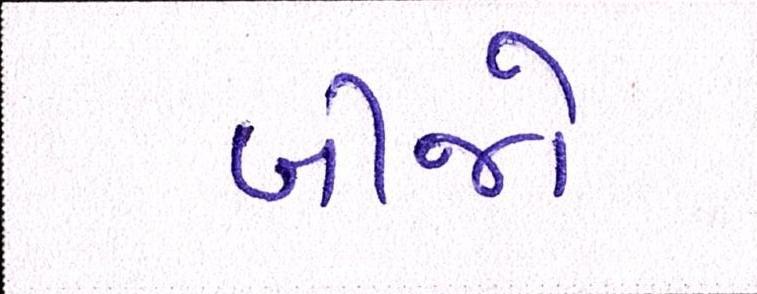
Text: બીજો